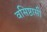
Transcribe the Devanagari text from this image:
वसिष्ठासी